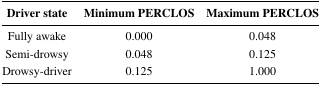
<table><thead><tr><td><b>Driver state</b></td><td><b>Minimum PERCLOS</b></td><td><b>Maximum PERCLOS</b></td></tr></thead><tbody><tr><td>Fully awake</td><td>0.000</td><td>0.048</td></tr><tr><td>Semi-drowsy</td><td>0.048</td><td>0.125</td></tr><tr><td>Drowsy-driver</td><td>0.125</td><td>1.000</td></tr></tbody></table>